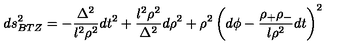
d s _ { B T Z } ^ { 2 } = - \frac { \Delta ^ { 2 } } { l ^ { 2 } \rho ^ { 2 } } d t ^ { 2 } + \frac { l ^ { 2 } \rho ^ { 2 } } { \Delta ^ { 2 } } d \rho ^ { 2 } + \rho ^ { 2 } \left( d \phi - \frac { \rho _ { + } \rho _ { - } } { l \rho ^ { 2 } } d t \right) ^ { 2 }